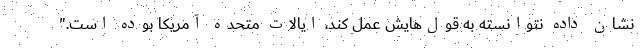
نشان داده نتوانسته به قول‌هایش عمل کند، ایالات متحده آمریکا بوده است."